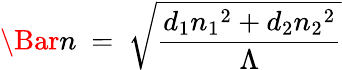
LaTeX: \Bar{n}~=~\sqrt{\frac{d_{1}{n_{1}}^{2}+d_{2}{n_{2}}^{2}}{\Lambda}}